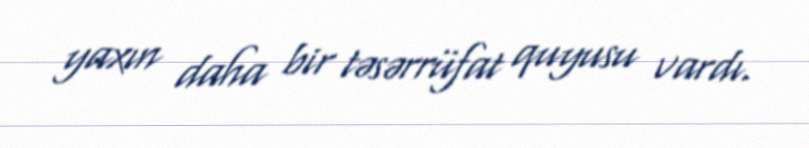
yaxın daha bir təsərrüfat quyusu vardı.